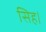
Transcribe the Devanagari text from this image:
सिह।